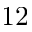
1 2